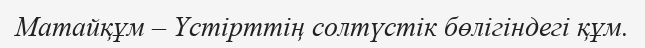
Матайқұм – Үстірттің солтүстік бөлігіндегі құм.